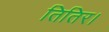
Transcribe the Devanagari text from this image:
तितिर।